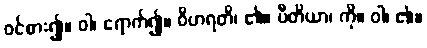
ဝင်စား၍။ ဝါ၊ ရောက်၍။ ဝိဟရတိ၊ ၏။ ပီတိယာ၊ ကို။ ဝါ၊ ၏။